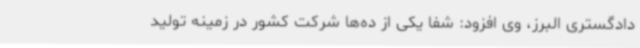
دادگستری البرز، وی افزود: شفا یکی از ده‌ها شرکت کشور در زمینه تولید